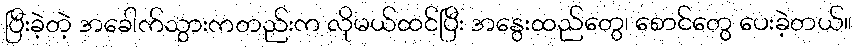
ပြီးခဲ့တဲ့ အခေါက်သွားကတည်းက လိုမယ်ထင်ပြီး အနွေးထည်တွေ၊ စောင်တွေ ပေးခဲ့တယ်။